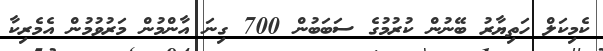
ކެމިކަލް ހަތިޔާރު ބޭނުން ކުރުމުގެ ސަބަބުން 700 ގިނަ އާންމުން މަރުވުމުން އެމެރިކާ